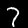
Digit: 7